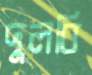
দুলবি